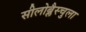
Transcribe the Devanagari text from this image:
सीलोब्लैस्चुला